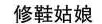
修鞋姑娘